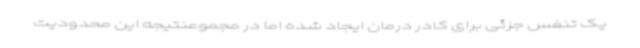
یک تنفس جزئی برای کادر درمان ایجاد شده اما در مجموعنتیجه این محدودیت